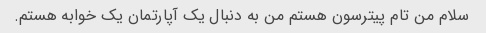
سلام من تام پیترسون هستم من به دنبال یک آپارتمان یک خوابه هستم.